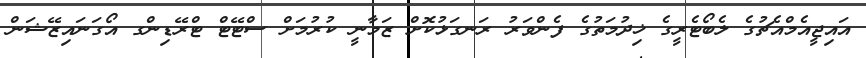
އައިޖީއެމްއެޗުގެ ލެބޯޓެރީގެ ޚިދުމަތުގެ ފެންވަރު ރަނގަޅުކޮށް ޒަމާނީ ކުރުމަށް ސްޓޭޓް ޓްރޭޑިންގ އޯގަނައިޒޭޝަން